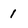
Character: 1